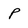
Character: P